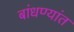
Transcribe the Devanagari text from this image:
बांधण्यांत